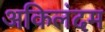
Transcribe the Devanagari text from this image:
अकिलंदम